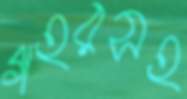
গহরসহ